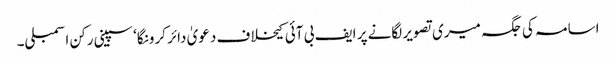
اسامہ کی جگہ میری تصویر لگانے پر ایف بی آئی کیخلاف دعویٰ دائر کرونگا‘ سپینی رکن اسمبلی۔